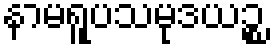
နာမရူပသမုဒယဉ္စ